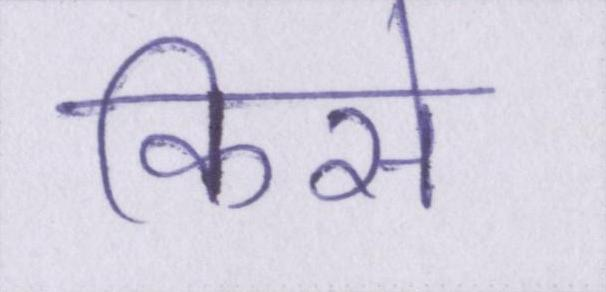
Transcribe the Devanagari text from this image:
किसे